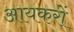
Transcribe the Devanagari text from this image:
आयकरों